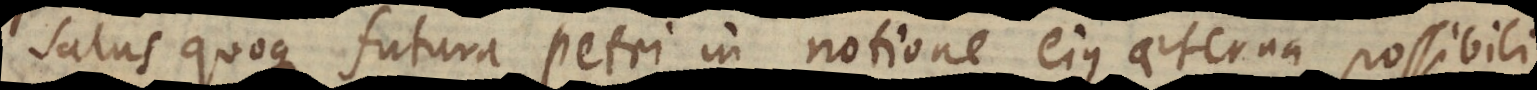
salus quoque futura Petri in notione ejus aeterna possibili